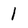
Character: 1